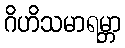
ဂိဟိသမာရမ္ဘာ